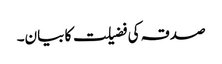
صدقہ کی فضیلت کا بیان۔